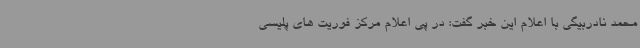
محمد نادربیگی با اعلام این خبر گفت: در پی اعلام مرکز فوریت های پلیسی